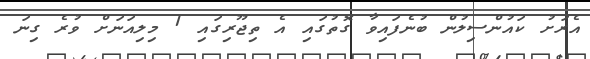
އެރަށު ކައުންސިލުން ބުނެފައިވާ ގޮތުގައި އެ ތިޖޫރިގައި 1 މިލިއަނަށް ވުރެ ގިނަ